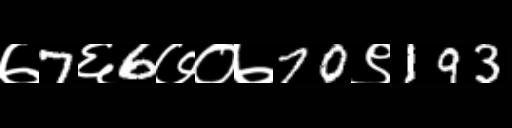
Text: ७7६6७०७70९193